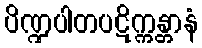
ပိဏ္ဍပါတပဋိက္ကန္တာနံ